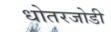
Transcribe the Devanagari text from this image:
धोतरजोडी